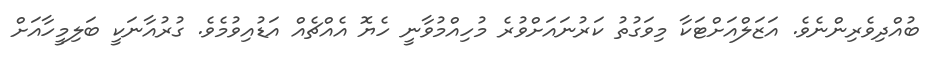
ބުއްދިވެރިންނެވެ. އަޒަލްއަށްޓަކާ މިވަގުތު ކަރުނައަށްވުރެ މުހިއްމުވާނީ ހެޔޮ އެއްޗެއް އަޑުއިވުމެވެ. ގުރުއާނަކީ ބަލިމީހާއަށް